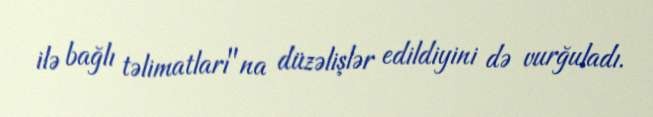
ilə bağlı təlimatları"na düzəlişlər edildiyini də vurğuladı.